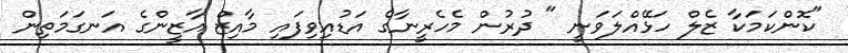
"ކޮންކަމަކާ ޒެލް ހަޅޭއްލަވަނީ " ދުރުން މެހެރީނާގެ އަޑުއިވިފައި މާއިޒް އާޒީންގެ އަނގަމަތިން